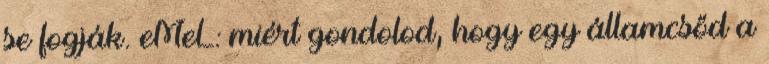
se fogják. eMeL: miért gondolod, hogy egy államcsőd a